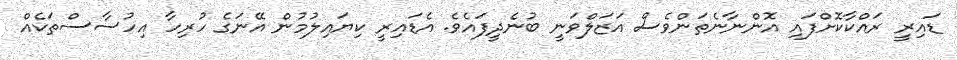
ޑައިރީ ރައްކާކޮށްފައި އޮންނާނެތަންވެސް އަޒަލްވަނީ ބުނެދީފައެވެ. އެޑައިރީ ކިޔައިލުމުން އޭނަގެ ހުރިހާ އިހުސާސްތަކެއް